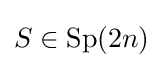
S\in {\text{Sp}}(2n)